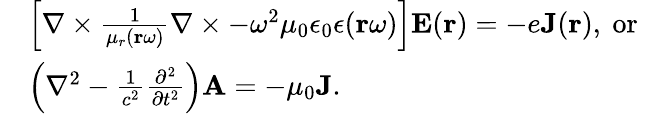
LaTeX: \begin{array}{rl}&{\left[\nabla\times\frac{1}{\mu_{r}(\mathbf{r}\omega)}\nabla\times-\omega^{2}\mu_{0}\epsilon_{0}\epsilon(\mathbf{r}\omega)\right]\mathbf{E}(\mathbf{r})=-e\mathbf{J}(\mathbf{r}),\mathrm{~or~}}\\ &{\left(\nabla^{2}-\frac{1}{c^{2}}\frac{\partial^{2}}{\partial t^{2}}\right)\mathbf{A}=-\mu_{0}\mathbf{J}.}\end{array}